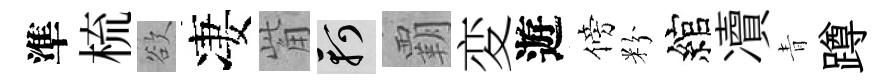
準梳欲凄觜軻覇変遊傍粉綰凟青蹲